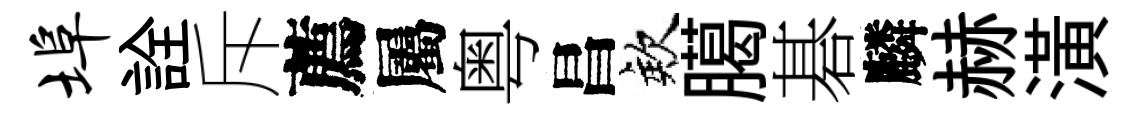
埠詮斥薦屬粤昌欸臈碁麟赫潢